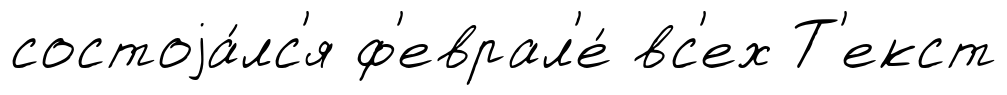
состоjа́лс'я ф'еврал'е́ вс'ех Т'екст